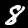
Digit: 8